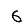
Digit: 6